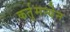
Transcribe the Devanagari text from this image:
कर्तुमन्येन